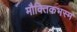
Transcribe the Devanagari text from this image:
मौक्तिकभस्म